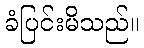
ခံပြင်းမိသည်။